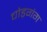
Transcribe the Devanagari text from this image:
चोड़गंग